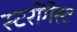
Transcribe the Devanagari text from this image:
स्टरोंगेस्ट